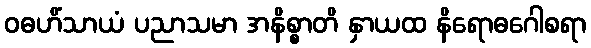
ဝဓဟိံသာယံ ပညာသမာ အနိစ္စာတိ နှာယထ နိရောဓဂေါစရာ